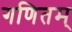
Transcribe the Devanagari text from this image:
गणितम्